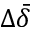
\Delta \bar { \delta }